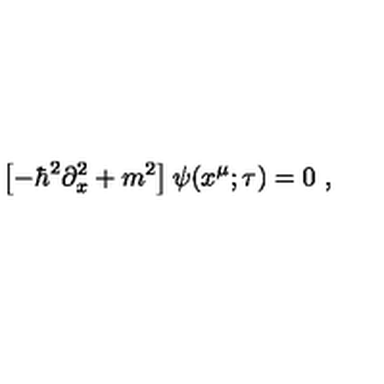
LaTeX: \left[ - \hbar ^ { 2 } \partial _ { x } ^ { 2 } + m ^ { 2 } \right] \psi ( x ^ { \mu } ; \tau ) = 0 \ ,